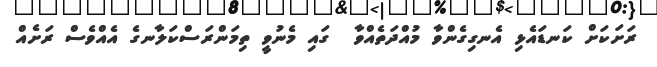
ރަށަކަށް ކަނޑައެޅި އެނގިގެންވާ މުއްދަތެއްވާ  ގައި މެނުވީ ތިމަންރަސްކަލާނގެ އެއްވެސް ރަށެއް